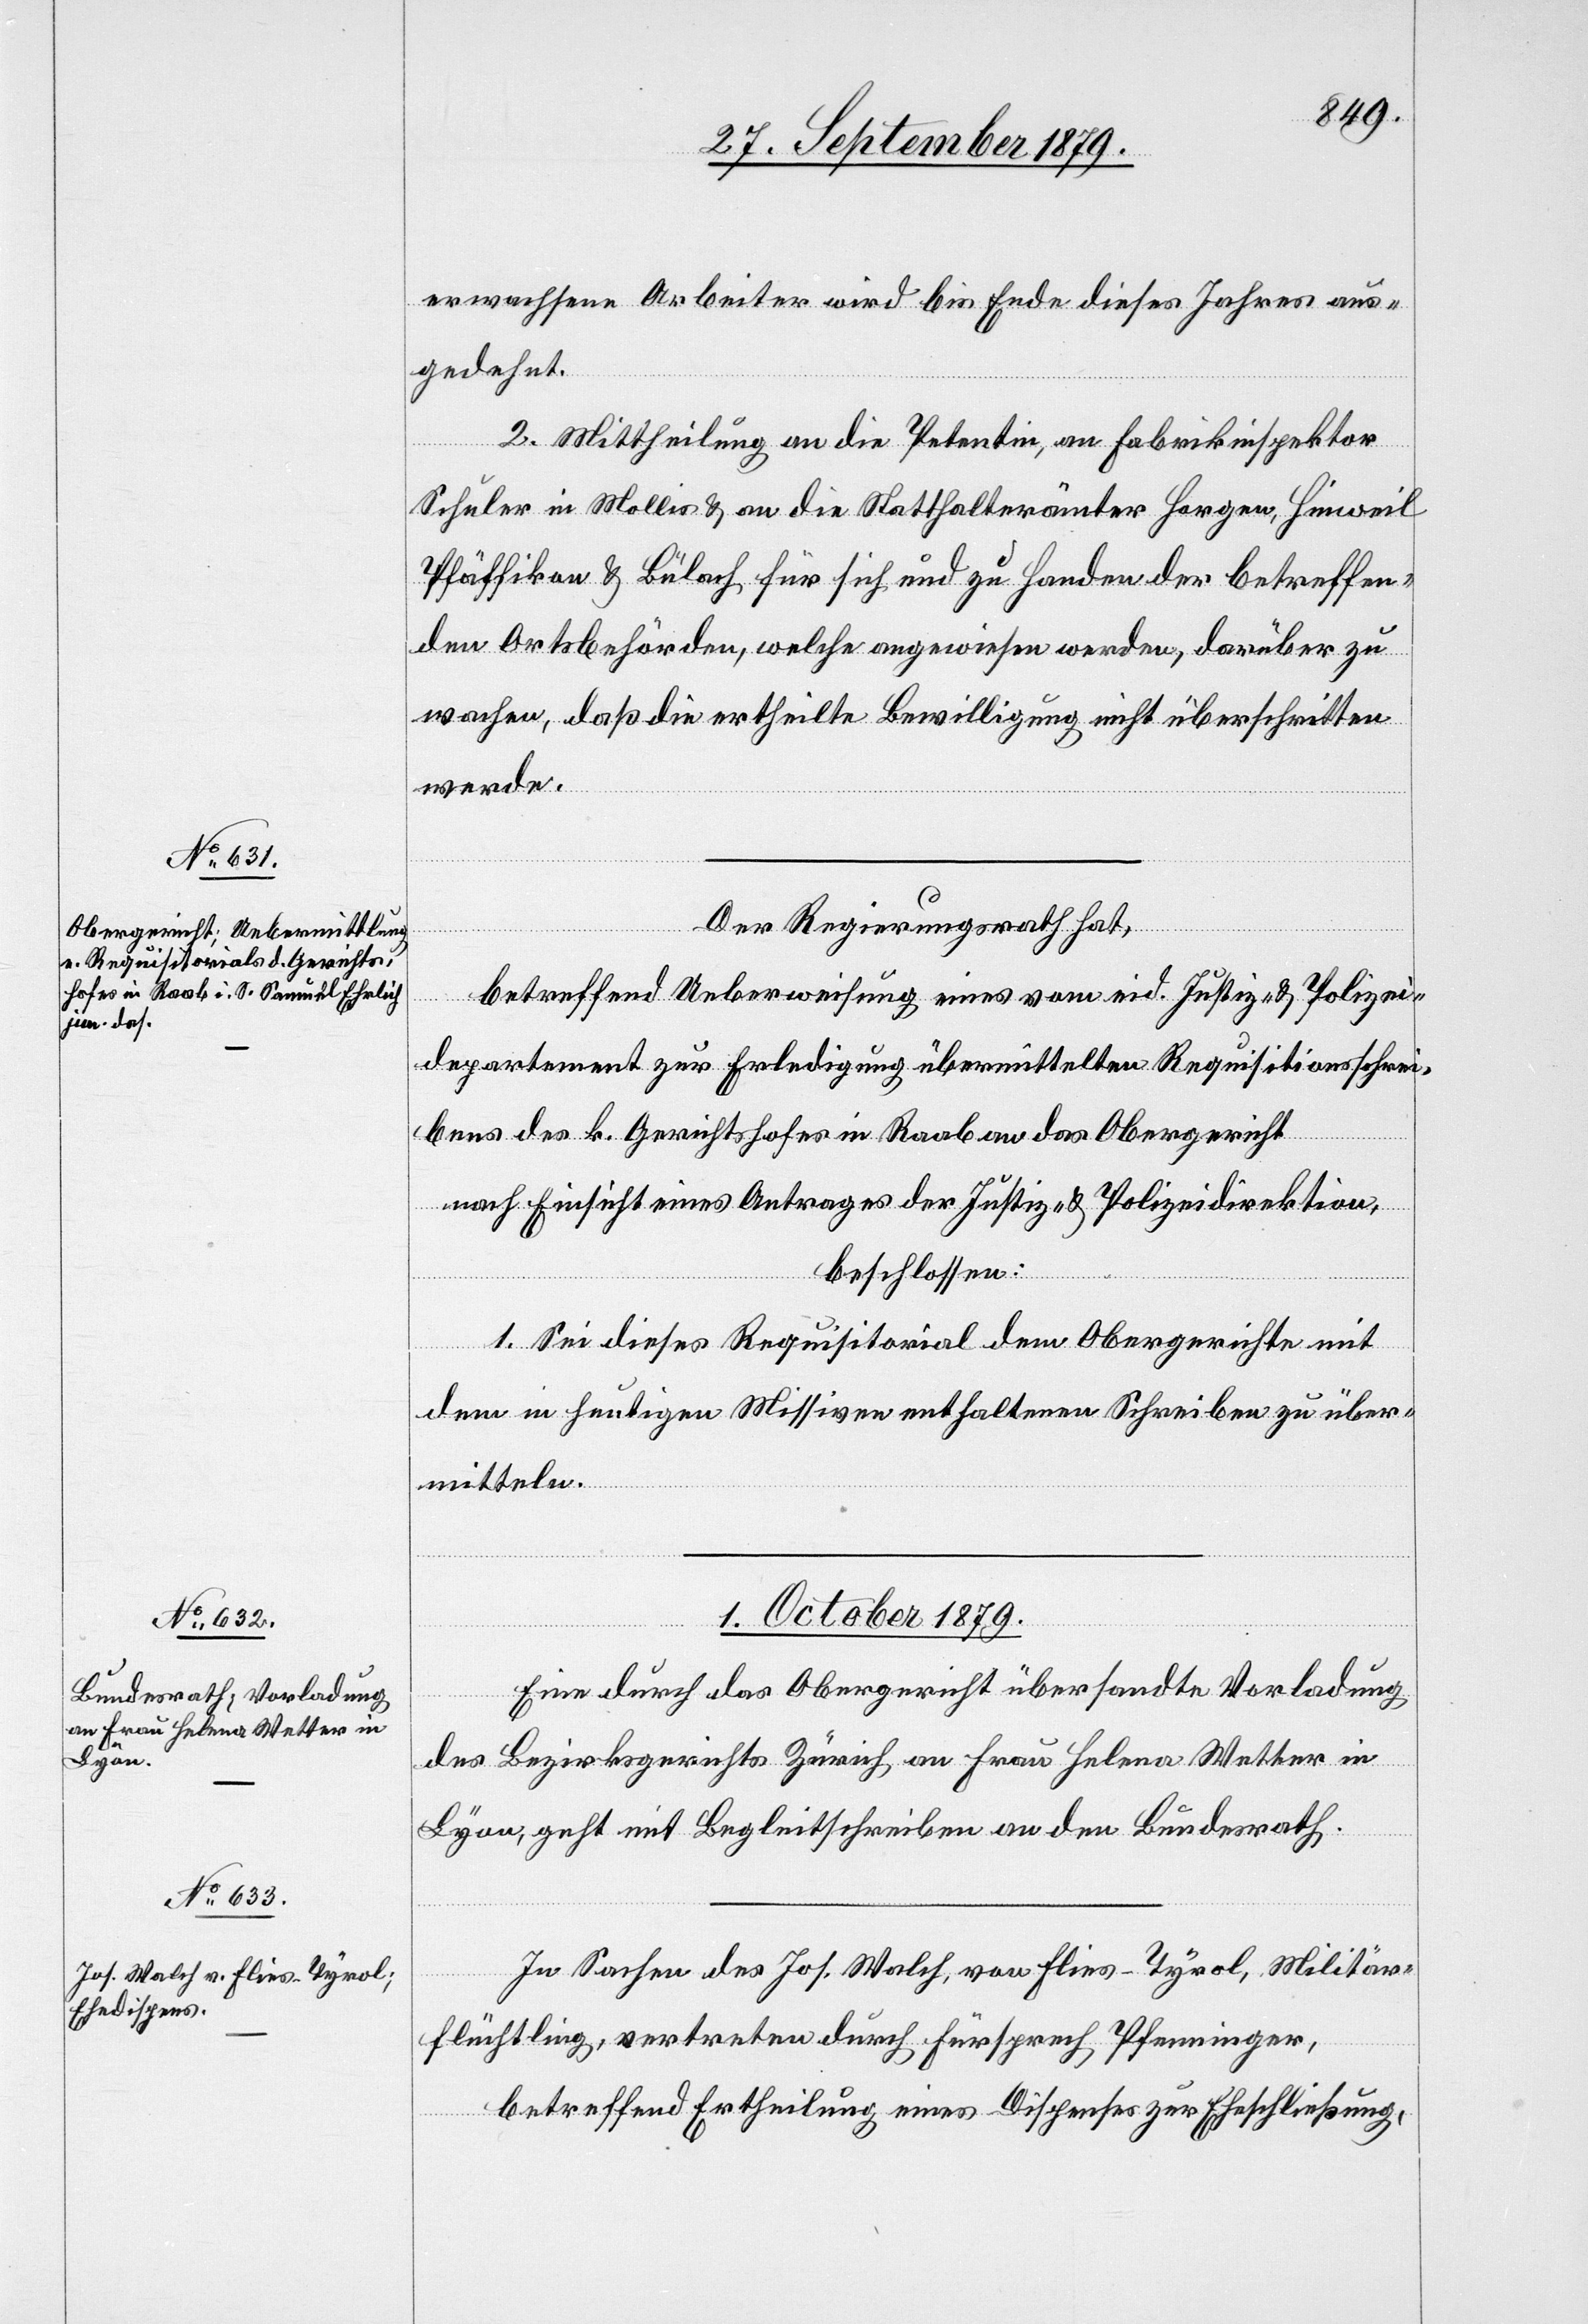
30. September 1879.]
erwachsene Arbeiter wird bis Ende dieses Jahres aus¬
gedehnt.
2. Mittheilung an die Petentin, an Fabrikinspektor
Schuler in Mollis & an die Statthalterämter Horgen, Hinweil,
Pfäffikon & Bülach für sich und zu Handen der betreffen¬
d Ortsbehörden, welche angewiesen werden, darüber zu
wachen, daß die ertheilte Bewilligung nicht überschritten
werde.
Der Regierungsrath hat,
betreffend Ueberweisung eines vom eid. Justiz- & Polizei¬
departement zur Erledigung übermittelten Requisitionsschrei¬
bens des k. Gerichtshofes in Raab an das Obergericht
nach Einsicht eines Antrages der Justiz- & Polizeidirektion,
beschlossen:
1. Sei dieses Requisitorial dem Obergerichte mit
dem in heutigen Missiven enthaltenen Schreiben zu über¬
mitteln.
01. October 1879.]
Eine durch das Obergericht übersandte Vorladung
des Bezirksgerichtes Zürich an Frau Helena Wetter in
Lyon, geht mit Begleitschreiben an den Bundesrath.
In Sachen des Jos. Walch, von Flies - Tyrol, Militär¬
flüchtling, vertreten durch Fürsprech Pfenninger,
betreffend Ertheilung eines Dispenses zur Eheschließung,